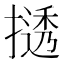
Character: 𫽾